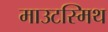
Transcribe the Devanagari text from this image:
माउटस्मिथ